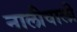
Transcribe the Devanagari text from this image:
नालीवाली